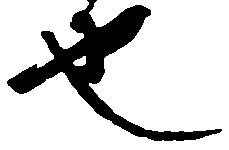
也